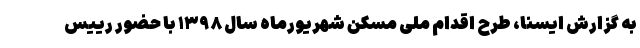
به گزارش ایسنا، طرح اقدام ملی مسکن شهریورماه سال ۱۳۹۸ با حضور رییس